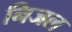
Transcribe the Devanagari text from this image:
निजल